Etiology and epidemiology of plague
Disease focus: Plague
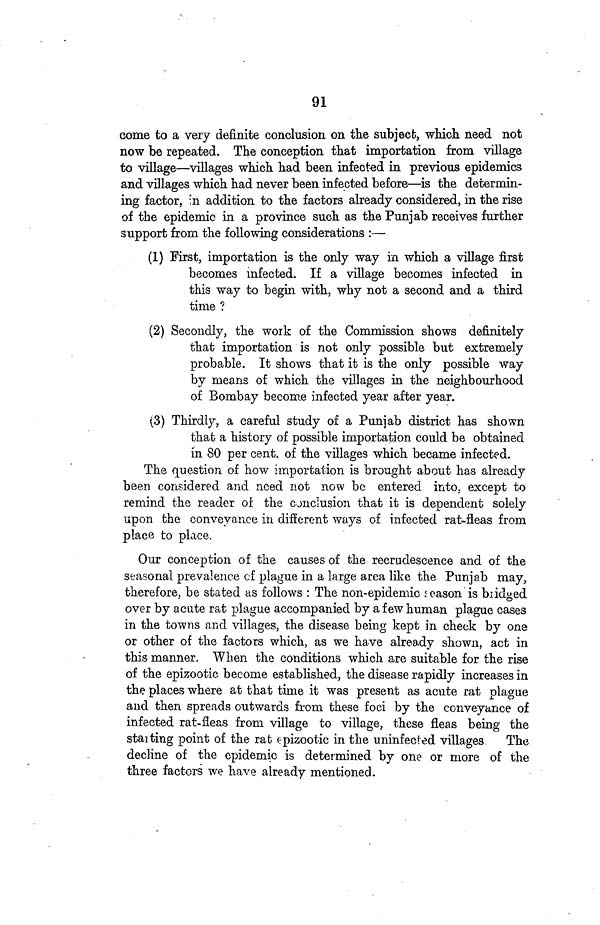
91
come to a very definite conclusion on the subject, which need not
now be repeated. The conception that importation from village
to village—villages which had been infected in previous epidemics
and villages which had never been infected before—is the determin-
ing factor, in addition to the factors already considered, in the rise
of the epidemic in a province such as the Punjab receives further
support from the following considerations :—
(1) First, importation is the only way in which a village first
becomes infected. If a village becomes infected in
this way to begin with, why not a second and a third
time ?
(2) Secondly, the work of the Commission shows definitely
that importation is not only possible but extremely
probable. It shows that it is the only possible way
by means of which the villages in the neighbourhood
of Bombay become infected year after year.
(3) Thirdly, a careful study of a Punjab district has shown
that a history of possible importation could be obtained
in 80 per cent. of the villages which became infected.
The question of how importation is brought about has already
been considered and need not now be entered into, except to
remind the reader of the conclusion that it is dependent solely
upon the conveyance in different ways of infected rat-fleas from
place to place.
Our conception of the causes of the recrudescence and of the
seasonal prevalence of plague in a large area like the Punjab may,
therefore, be stated as follows : The non-epidemic season is bridged
over by acute rat plague accompanied by a few human plague cases
in the towns and villages, the disease being kept in check by one
or other of the factors which, as we have already shown, act in
this manner. When the conditions which are suitable for the rise
of the epizootic become established, the disease rapidly increases in
the places where at that time it was present as acute rat plague
and then spreads outwards from these foci by the conveyance of
infected rat-fleas from village to village, these fleas being the
starting point of the rat epizootic in the uninfected villages
The
decline of the epidemic is determined by one or more of the
three factors we have already mentioned.